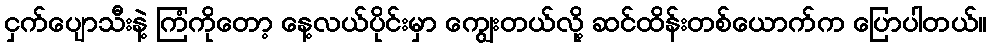
ငှက်ပျောသီးနဲ့ ကြံကိုတော့ နေ့လယ်ပိုင်းမှာ ကျွေးတယ်လို့ ဆင်ထိန်းတစ်ယောက်က ပြောပါတယ်။